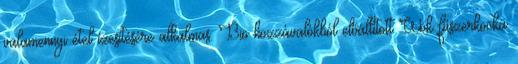
valamennyi étel ízesítésére alkalmas. Bio hozzávalókból előállított Wok fűszerkocka